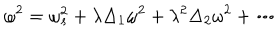
\omega ^ { 2 } = \omega _ { s } ^ { 2 } + \lambda \Delta _ { 1 } \omega ^ { 2 } + \lambda ^ { 2 } \Delta _ { 2 } \omega ^ { 2 } + \cdots